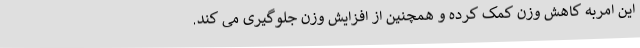
این امربه کاهش وزن کمک کرده و همچنین از افزایش وزن جلوگیری می کند.